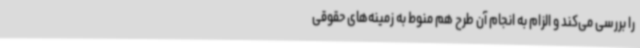
را بررسی می‌کند و الزام به انجام آن طرح هم منوط به زمینه‌های حقوقی